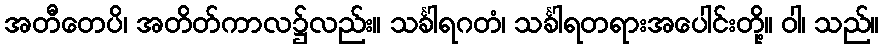
အတီတေပိ၊ အတိတ်ကာလ၌လည်း။ သင်္ခါရဂတံ၊ သင်္ခါရတရားအပေါင်းတို့။ ဝါ၊ သည်။